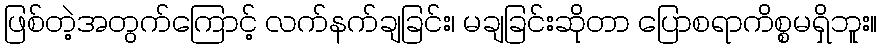
ဖြစ်တဲ့အတွက်ကြောင့် လက်နက်ချခြင်း၊ မချခြင်းဆိုတာ ပြောစရာကိစ္စမရှိဘူး။